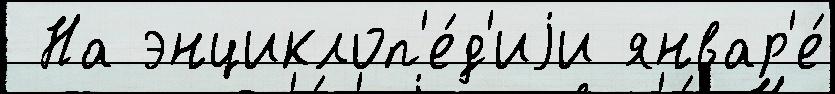
 На энциклоп'е́д'иjи январ'е́